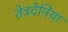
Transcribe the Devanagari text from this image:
तेत्रदेनिया